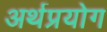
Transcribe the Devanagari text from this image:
अर्थप्रयोग